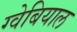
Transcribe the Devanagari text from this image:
ग्वेबियाल